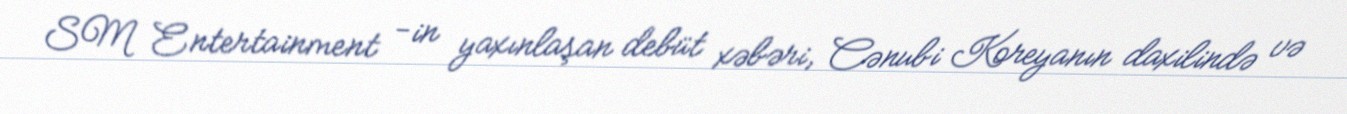
SM Entertainment -in yaxınlaşan debüt xəbəri, Cənubi Koreyanın daxilində və